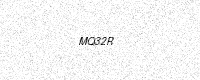
Text: MQ32R